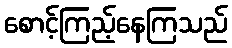
စောင့်ကြည့်နေကြသည်